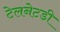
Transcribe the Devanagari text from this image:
टेलनेटडी